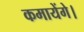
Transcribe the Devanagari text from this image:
कमायेंगे।